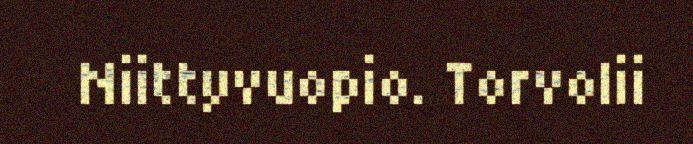
Niittyvuopio. Torvolii